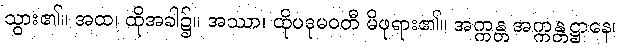
သွား၏။ အထ၊ ထိုအခါ၌။ အဿာ၊ ထိုပဒုမဝတီ မိဖုရား၏။ အက္ကန္တ အက္ကန္တဋ္ဌာနေ၊